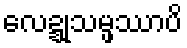
လေဍ္ဍုသမ္ဖဿာပိ